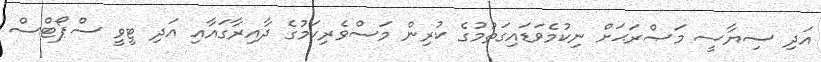
އަދި ސިޔާސީ މަޞްރަޙަށް ނިކުމެވަޑައިގަތުމުގެ ކުރިން މަސްވެރިކަމުގެ ދާއިރާގައާއި އަދި ޓީވީ ސްޕޯޓްސް